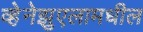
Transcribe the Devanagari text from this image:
व्हेनेझुएलामधील